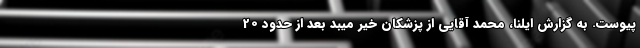
پیوست. به گزارش ایلنا، محمد آقایی از پزشکان خیر میبد بعد از حدود 20